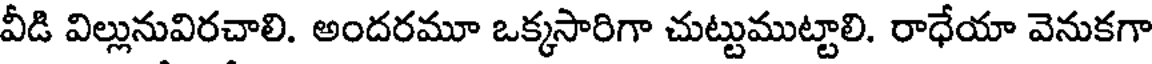
వీడి విల్లునువిరచాలి. అందరమూ ఒక్కసారిగా చుట్టుముట్టాలి. రాధేయా వెనుకగా